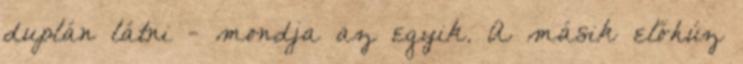
duplán látni - mondja az egyik. A másik előhúz